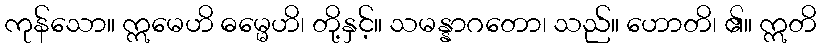
ကုန်သော။ ဣမေဟိ ဓမ္မေဟိ၊ တို့နှင့်။ သမန္နာဂတော၊ သည်။ ဟောတိ၊ ၏။ ဣတိ